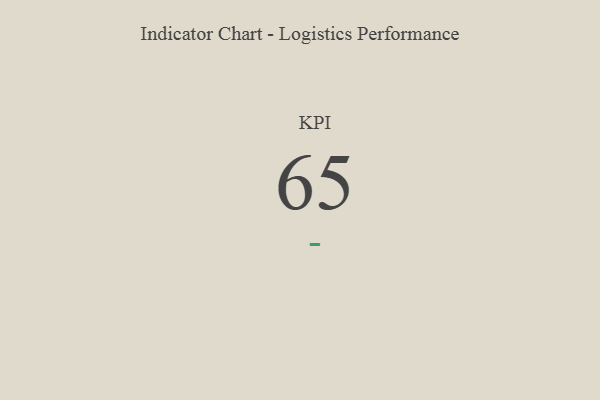
{"axis": {"x": "KPI", "y": "Value"}, "legend": [""], "data": [{"x": "KPI", "y": 65, "type": ""}]}